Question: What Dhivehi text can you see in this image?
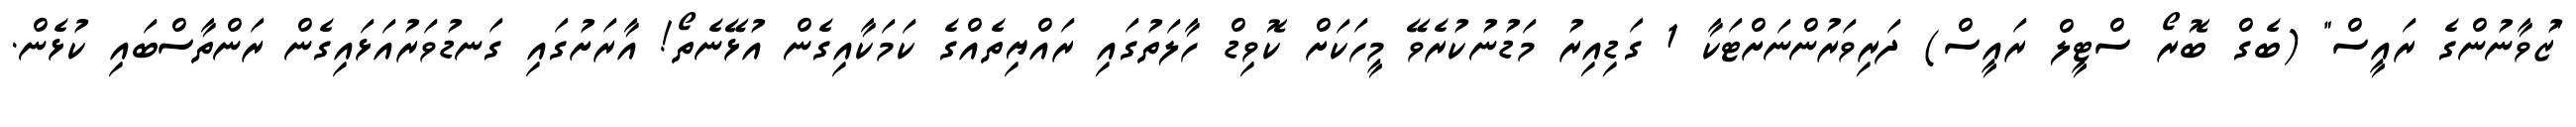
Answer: "ޒުވާނުންގެ ރައީސް" (ބެގް ބޮރޯ ސްޓީލް ރައީސް) ދަރިވަރުންނަށްޓަކާ 1 ގަޑިއިރު މަޑުނުކުރެވޭ މީހަކަށް ކޮވިޑް ހާލަތުގައި ރައްޔިތެއްގެ ކަމަކާއިގެން އުޅޭނެތޯ! އާރަށުގައި ގަނޑުވަރުއަޅައިގެން ރަންތާސްބައި ކުޅެން.